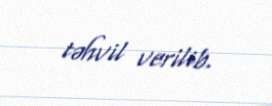
təhvil verilib.